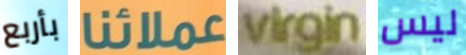
بأربع عملائنا virgin ليس